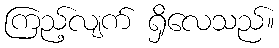
ကြည့်လျက် ရှိလေသည်။